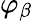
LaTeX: \varphi_{\beta}